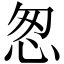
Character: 怱